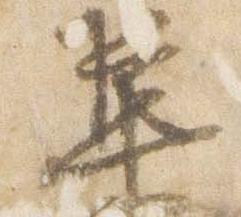
集